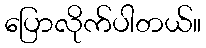
ပြောလိုက်ပါတယ်။